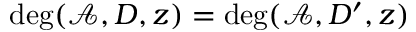
\deg ( \mathcal { A } , D , z ) = \deg ( \mathcal { A } , D ^ { \prime } , z )